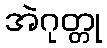
အဲဂုတ္တု